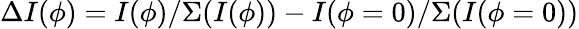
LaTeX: \Delta I(\phi)=I(\phi)/\Sigma(I(\phi))-I(\phi=0)/\Sigma(I(\phi=0))